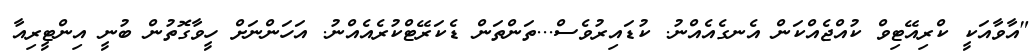
"އާވާއަކީ ކްރިއޭޓިވް ކުއްޖެއްކަން އެނގެއެއްނު. ކުޑައިރުވެސް...ތަންތަން ޑެކަރޭޓްކުރެއެއްނު. އަހަންނަށް ހީވާގޮތުން ބުނީ އިންޓީރިއާ